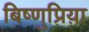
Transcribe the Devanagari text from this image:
बिष्णुप्रिय़ा